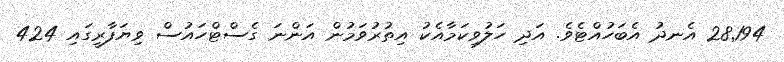
28